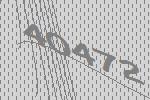
40472